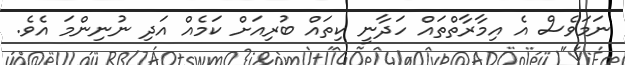
ނަމަވެސް އެ އިމާރާތްތައް ހަދާނީ ކިތައް ބުރިއަށް ކަމެއް އަދި ނުނިންމަ އެވެ.